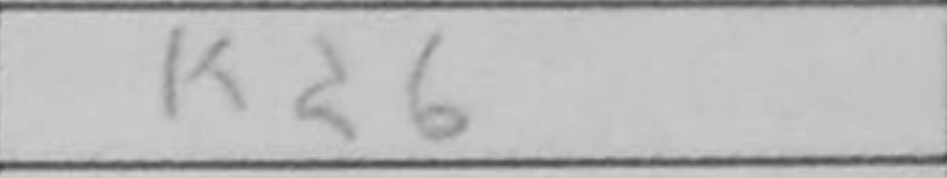
Transcription: Kd6